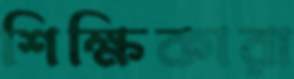
শিক্ষিকারা